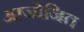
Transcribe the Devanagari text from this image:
आजोजित